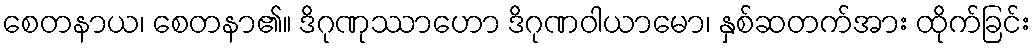
စေတနာယ၊ စေတနာ၏။ ဒိဂုဏုဿာဟော ဒိဂုဏဝါယာမော၊ နှစ်ဆတက်အား ထိုက်ခြင်း